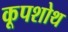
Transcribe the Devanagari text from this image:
कूपशोथ